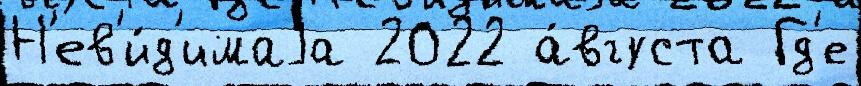
Н'ев'и́д'имаjа 2022 а́вгуста Гд'е